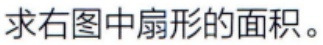
求右图中扇形的面积。